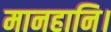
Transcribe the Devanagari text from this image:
मानहानि।